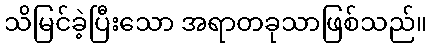
သိမြင်ခဲ့ပြီးသော အရာတခုသာဖြစ်သည်။